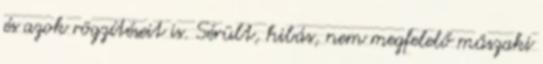
és azok rögzítéseit is. Sérült, hibás, nem megfelelő műszaki